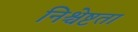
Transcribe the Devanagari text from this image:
निश्चेष्टता